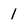
Character: 1